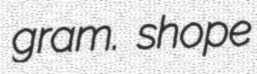
gram. shope